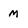
Character: m